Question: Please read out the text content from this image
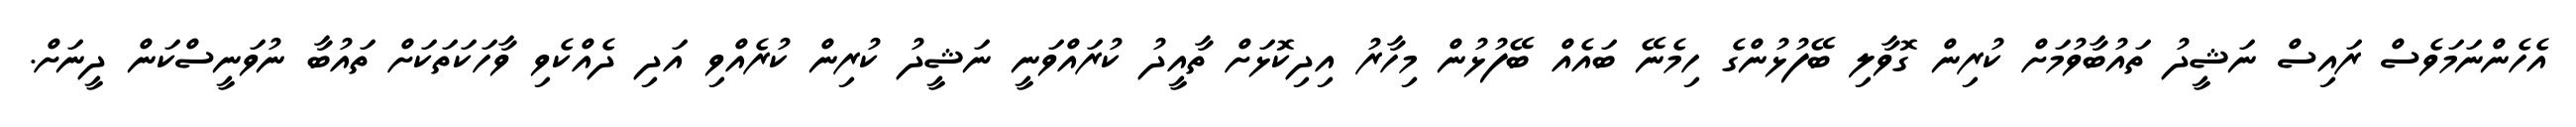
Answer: އެހެންނަމަވެސް ރައިސް ނަޝީދު ތައުބާވުމަށް ކުރިން ގޮވާލި ބޭފުޅުންގެ ހިމެނޭ ބައެއް ބޭފުޅުން މިހާރު އިދިކޮޅަށް ތާއީދު ކުރައްވަނީ ނަޝީދު ކުރިން ކުރެއްވި އަދި ދެއްކެވި ވާހަކަތަކަށް ތައުބާ ނުވަނީސްކަން ދީނަށް.